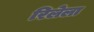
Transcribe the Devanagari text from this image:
रिलेला